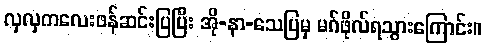
လှလှကလေးဖန်ဆင်းပြပြီး အို-နာ-သေပြမှ မဂ်ဖိုလ်ရသွားကြောင်း။